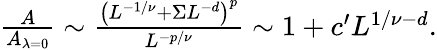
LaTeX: \begin{array}{r}{\frac{A}{A_{\lambda=0}}\sim\frac{\left(L^{-1/\nu}+\Sigma L^{-d}\right)^{p}}{L^{-p/\nu}}\sim 1+c^{\prime}L^{1/\nu-d}.}\end{array}